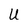
Character: U